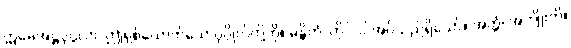
ဣမေအဋ္ဌပုဂ္ဂလာ၊ ဤရှစ်ယောက်သောပုဂ္ဂိုလ်တို့ကို။ မန္တိတံ၊ တိုင်ပင်အပ်သည်ရှိသော်။ အတ္ထံ၊ အကျိုးကို။